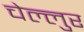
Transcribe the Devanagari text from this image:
चेल्लुर